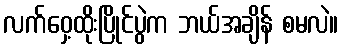
လက်ဝှေ့ထိုးပြိုင်ပွဲက ဘယ်အချိန် စမလဲ။